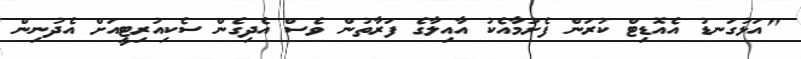
"އަޅުގަނޑު އެއޮޑިޓް ކުރަން ފެށުމާއެކު އާއިލާގެ ފަރާތުން ވެސް އެދިގެން ސެކިއުރިޓީއަށް އެދުނިން